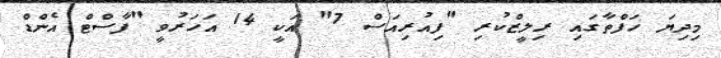
މިދިޔަ ހަފްތާގައި ރިލީޒްކުރި "ފިއުރިއަސް 7" އަކީ 14 އަހަރުވީ "ފާސްޓް އެންޑް